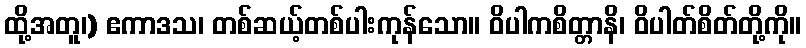
ထို့အတူ၊) ဧကာဒသ၊ တစ်ဆယ့်တစ်ပါးကုန်သော။ ဝိပါကစိတ္တာနိ၊ ဝိပါတ်စိတ်တို့ကို။